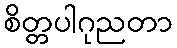
စိတ္တပါဂုညတာ